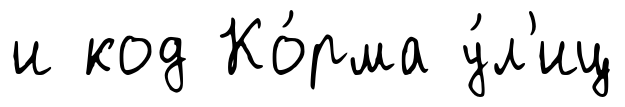
и код Ко́рма у́л'иц